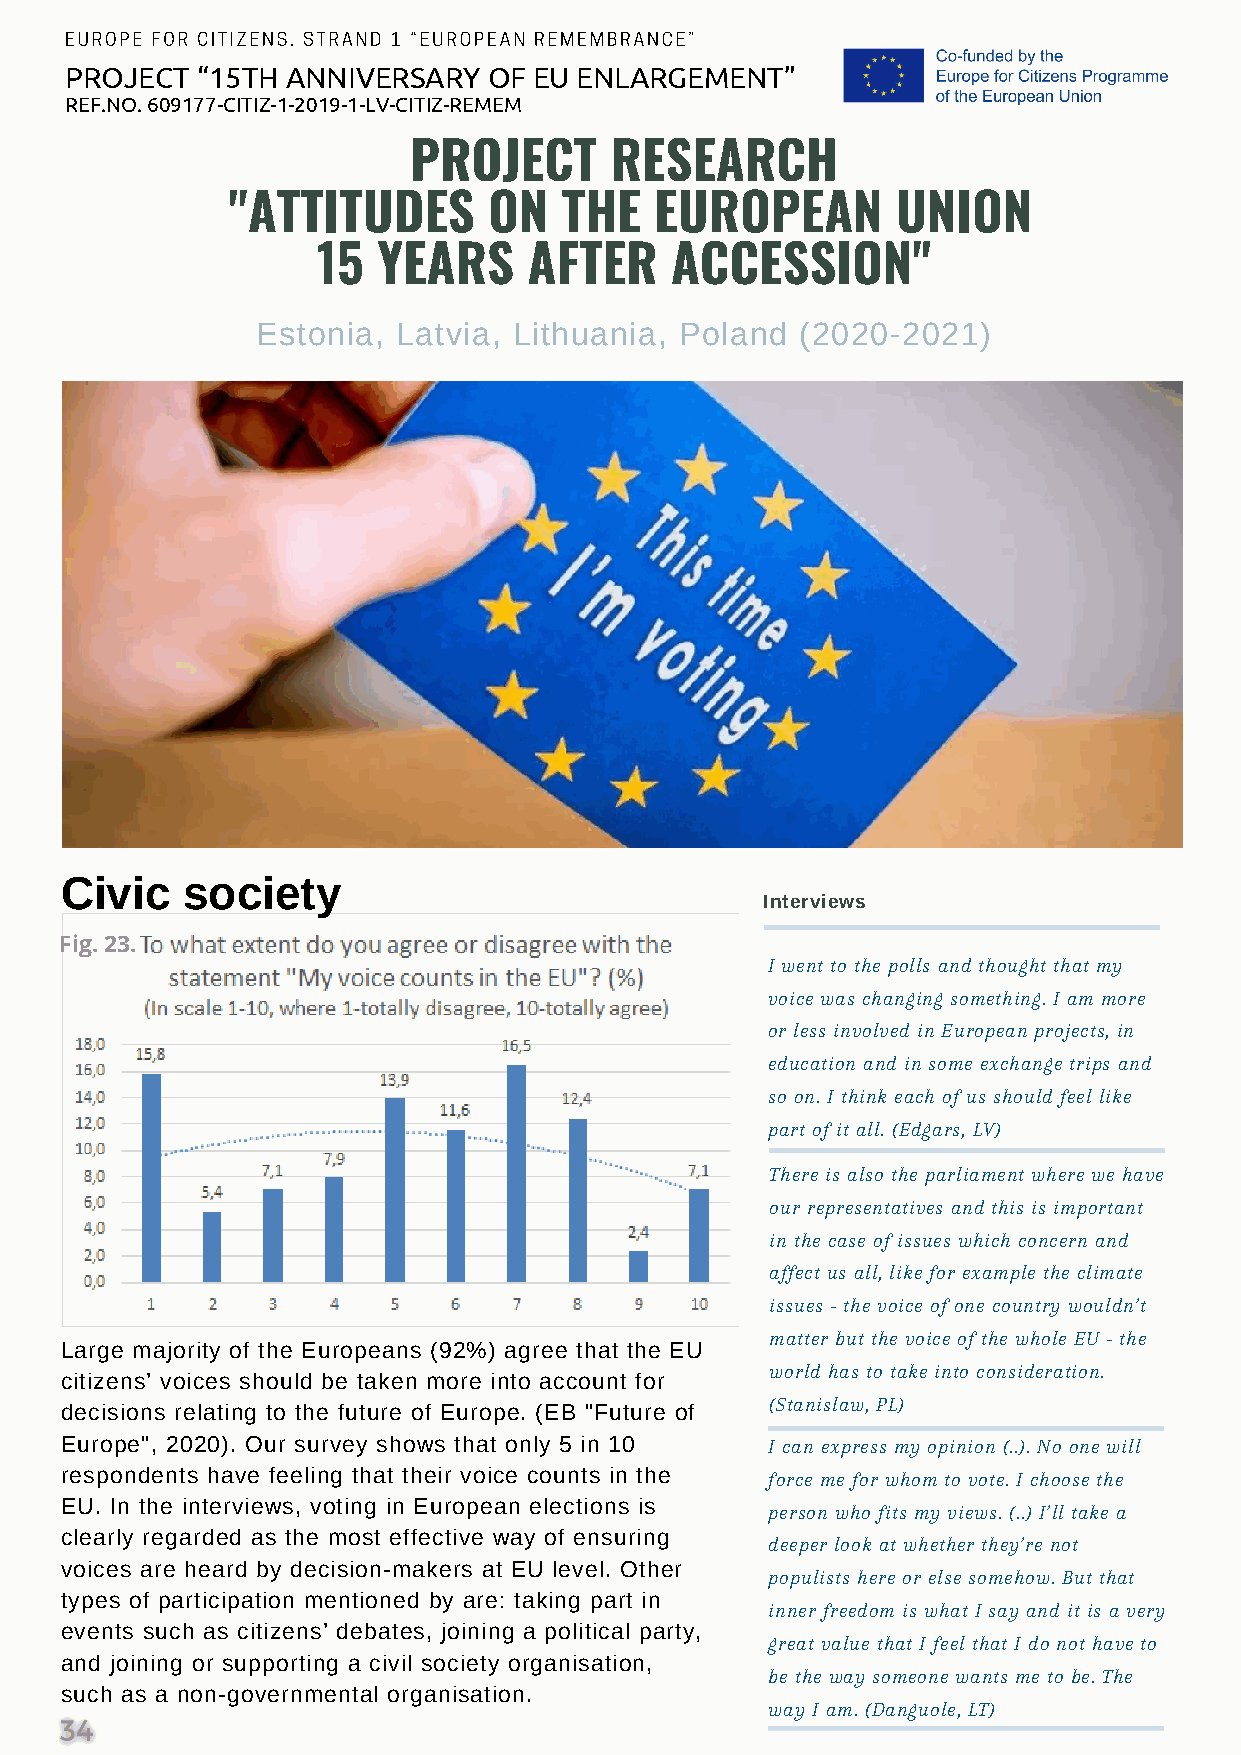
EUROPE FOR CITIZENS. STRAND 1 “EUROPEAN REMEMBRANCE”
 PROJECT  “15TH ANNIVERSARY  OF EU ENLARGEMENT”
 REF.NO. 609177-CITIZ-1-2019-1-LV-CITIZ-REMEM
 PROJECT      RESEARCH
 "ATTITUDES       ON   THE   EUROPEAN        UNION
 15  YEARS     AFTER    ACCESSION"
 Estonia, Latvia, Lithuania, Poland  (2020-2021)
 Civic   society
 Interviews
 Fig. 23.
 I went to the polls and thought that my
 voice was changing something. I am more
 or less involved in European projects, in
 education and in some exchange trips and
 so on. I think each of us should feel like
 part of it all. (Edgars, LV)
 There is also the parliament where we have
 our representatives and this is important
 in the case of issues which concern and
 affect us all, like for example the climate
 issues - the voice of one country wouldn’t
 matter but the voice of the whole EU - the
 Large majority of the Europeans (92%) agree that the EU
 world has to take into consideration.
 citizens’ voices should be taken more into account for
 (Stanislaw, PL)
 decisions relating to the future of Europe. (EB "Future of
 Europe", 2020). Our survey shows that only 5 in 10 I can express my opinion (..). No one will
 respondents have feeling that their voice counts in the force me for whom to vote. I choose the
 EU. In the interviews, voting in European elections is
 person who fits my views. (..) I’ll take a
 clearly regarded as the most effective way of ensuring
 deeper look at whether they’re not
 voices are heard by decision-makers at EU level. Other
 populists here or else somehow. But that
 types of participation mentioned by are: taking part in
 inner freedom is what I say and it is a very
 events such as citizens’ debates, joining a political party,
 great value that I feel that I do not have to
 and joining or supporting a civil society organisation,
 be the way someone wants me to be. The
 such as a non-governmental organisation.
 way I am. (Danguole, LT)